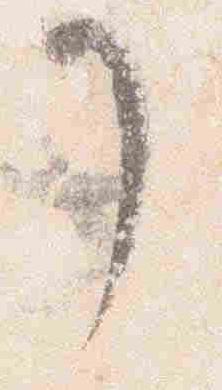
了